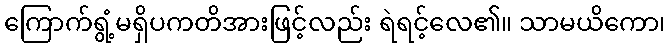
ကြောက်ရွံ့မရှိပကတိအားဖြင့်လည်း ရဲရင့်လေ၏။ သာမယိကော၊